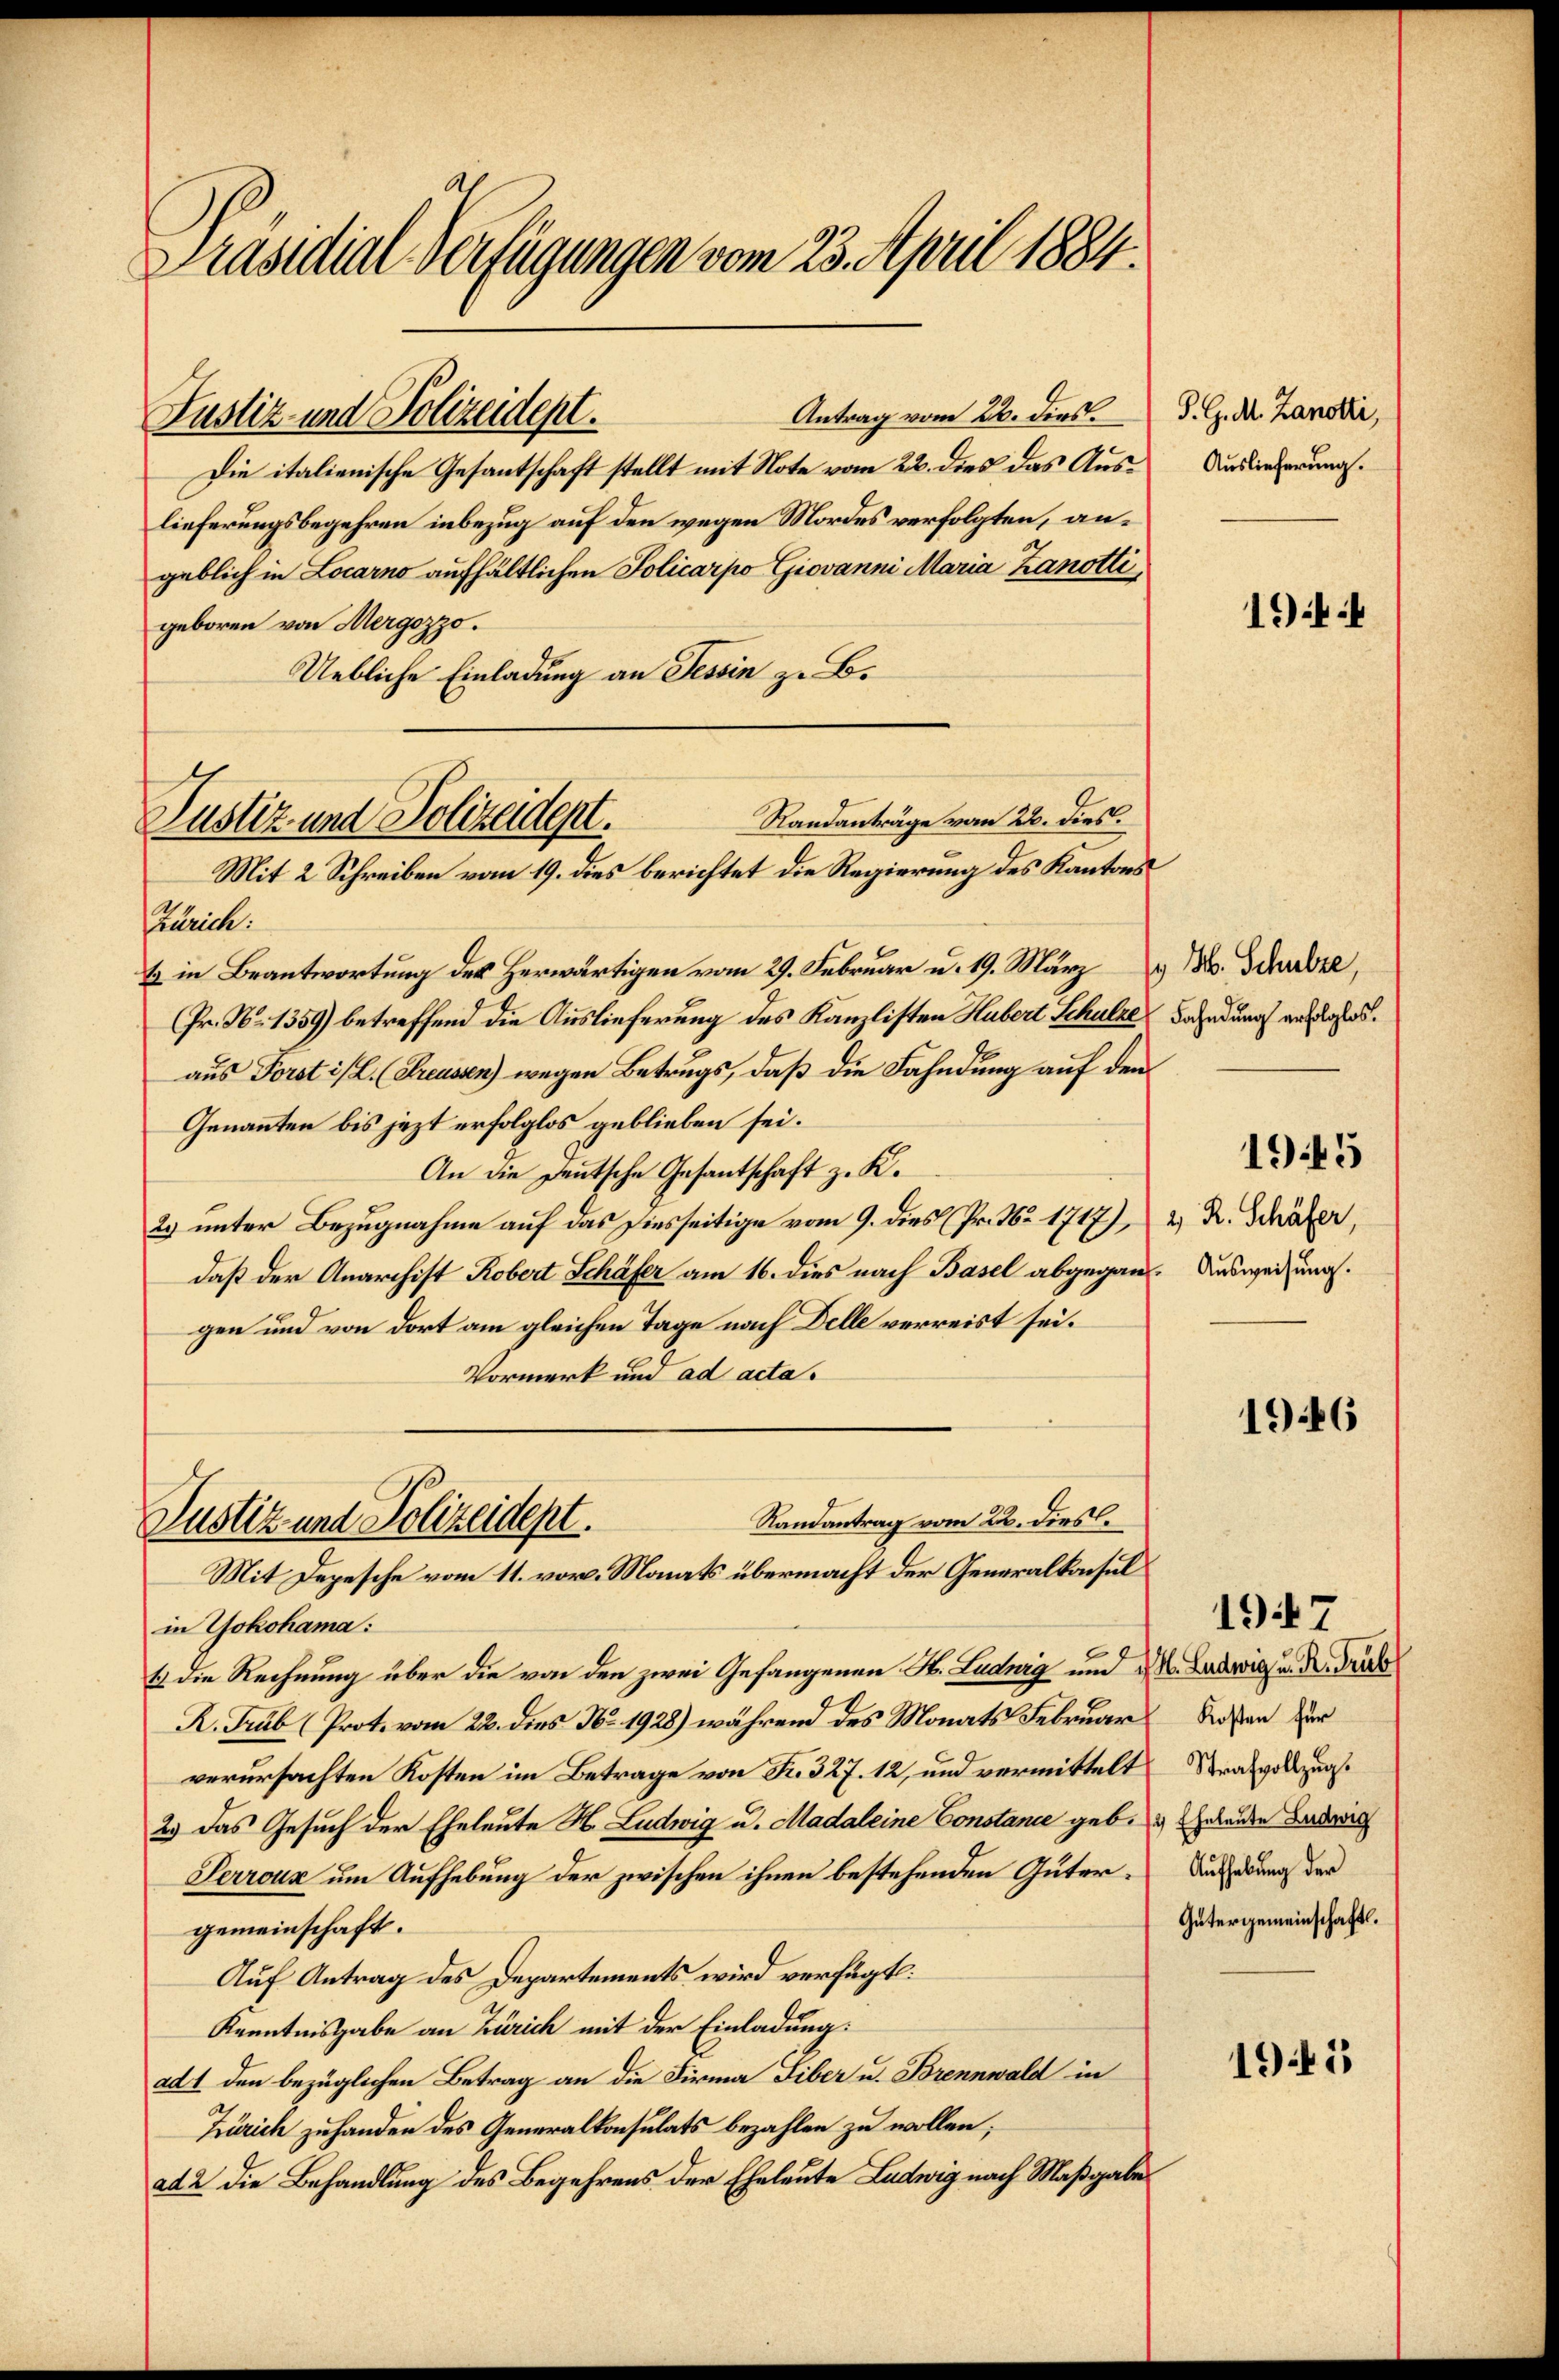
Präsidial-Verfügungen vom 23. April 1884.

Justiz- und Polizeidept.

Standanträge vom 22. dies.
Justiz und Polizeident.
Mit 2 Schreiben vom 19. dies berichtet die Regierung des Kantons

Antrag vom 22. dies
Die italienische Gesantschaft stellt mit Note vom 22. dies das Auslieferungsbegehren inbezug auf den wegen Mordes verfolgten, angeblich in Locarno aufhältlichen Policarpo Giovanni Maria Zanotti,
geboren von Mergozzo.
Uebliche Einladung an Tessin zu B.
Erbeite:
& in Beantwortung des Herwärtigen vom 29. Februar u. 19. März
(Fr. No 1359) betreffend die Auslieferung des Kanzlisten Hubert Schulze
aus Forst ist. (Greussen) wegen Betrugs, daß die Fahndung auf den
Genannten bis jezt erfolglos geblieben sei.
An die Deutsche Gesantschaft z. K.
2. unter Bezugnahme auf das Diesseitige vom 9. dies Fr. No 1717), u. Dr. Schäfer,
daß der Anarchist Robert Schäfer am 16. dies nach Basel abgegan. Ausweisung.
gen und von dort am gleichen Tage nach Delle verreist sei.
Vormerk und ad acta.
Randantrag vom 22. dies.
Justiz und Polizeidept.
Mit Depesche vom 11. vor. Monats übermacht der Generalkonsul
in Yokohama:
1 die Rechnung über die von den zwei Gefangenen St. Luduig und 2 S. Ludwig u. Dr. Grab
R. Trub (Prot. vom 22. dies No. 1928) während des Monats Februar deßen zur
verursachten Kosten im Betrage von Fr. 327. 12, und vermittelt
2.) Das Gesuch der Eheleute H. Ludwig u. Madaleine Constance geb.
Perroux um Aufhebung der zwischen ihnen bestehenden Gütergemeinschaft.
Auf Antrag des Departements wird verfügt:
Kenntnisgabe an Zürich mit der Einladung:
ad 1 den bezüglichen Betrag an die Firma Tiber u. Brennwald in
Zürich zu handen des Generalkonsulats bezahlen zu wollen;
ad 2 die Behandlung des Begehrens der Eheleute Ludwig nach Maßgabe

S. G. M. Zanotti,
Auslieferung.

1944

16. Schulze,
Fahndung erfolglos.

1945

1946

1947
Strafvollzug.
4 Eheleute Ludwig
Aufhebung der
Gütergemeinschaft.

1945